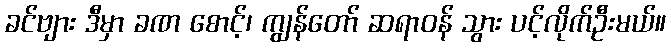
ခင်ဗျား ဒီမှာ ခဏ စောင့်၊ ကျွန်တော် ဆရာဝန် သွား ပင့်လိုက်ဦးမယ်။